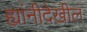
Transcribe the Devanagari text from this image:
ह्यांनीदेखील